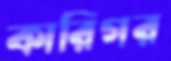
কারিগর